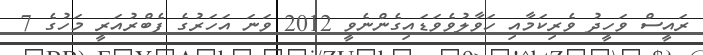
ރައީސް ވަހީދު ވެރިކަމާއި ހަވާލުވެވަޑައިގެންނެވީ 2012 ވަނަ އަހަރުގެ ފެބްރުއަރީ މަހުގެ 7